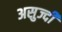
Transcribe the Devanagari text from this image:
असुज्दी